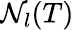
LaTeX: \mathcal{N}_{l}(T)